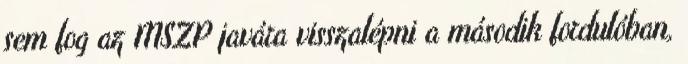
sem fog az MSZP javára visszalépni a második fordulóban,